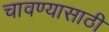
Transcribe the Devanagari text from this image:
चावण्यासाठी